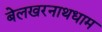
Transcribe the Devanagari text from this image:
बेलखरनाथधाम